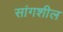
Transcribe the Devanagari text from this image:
सांगशील